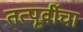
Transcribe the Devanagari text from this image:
तत्पूर्वीचा